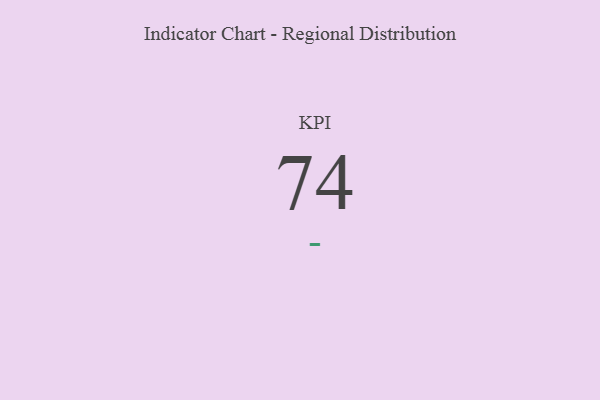
{"axis": {"x": "KPI", "y": "Value"}, "legend": [""], "data": [{"x": "KPI", "y": 74, "type": ""}]}